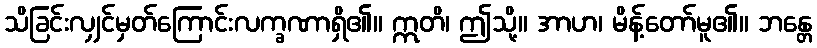
သိခြင်းလျှင်မှတ်ကြောင်းလက္ခဏာရှိ၏။ ဣတိ၊ ဤသို့။ အာဟ၊ မိန့်တော်မူ၏။ ဘန္တေ